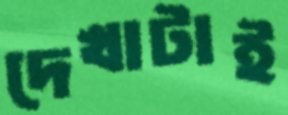
দেখাটাই